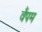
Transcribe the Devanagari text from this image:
वैंपम